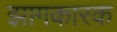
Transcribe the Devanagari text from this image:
झागकारक